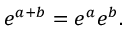
e ^ { a + b } = e ^ { a } e ^ { b } .